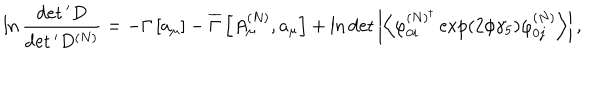
LaTeX: \ln \frac { \det { } ^ { \prime } D } { \det { } ^ { \prime } D ^ { \left( N \right) } } = - \Gamma \left[ a _ { \mu } \right] - \overline { { { \Gamma } } } \left[ A _ { \mu } ^ { \left( N \right) } , a _ { \mu } \right] + \ln \det \left| \left\langle \varphi _ { 0 i } ^ { \left( N \right) ^ { \dagger } } \exp \left( 2 \phi \gamma _ { 5 } \right) \varphi _ { 0 j } ^ { \left( N \right) } \right\rangle \right| ,